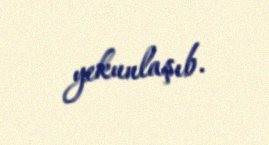
yekunlaşıb.